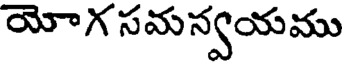
యోగ సమన్వయము